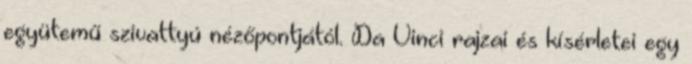
együtemű szivattyú nézőpontjától. Da Vinci rajzai és kísérletei egy